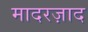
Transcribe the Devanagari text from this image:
मादरज़ाद